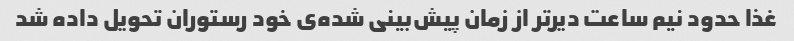
غذا حدود نیم ساعت دیرتر از زمان پیش‌بینی شده‌ی خود رستوران تحویل داده شد